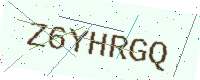
Text: Z6YHRGQ